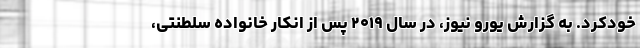
خودکرد. به گزارش یورو نیوز، در سال ۲۰۱۹ پس از انکار خانواده سلطنتی،